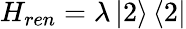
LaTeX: H_{ren}=\lambda\left\vert 2\right\rangle\left\langle 2\right\vert